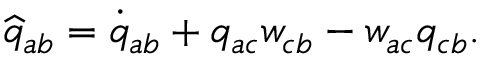
\widehat { q } _ { a b } = \dot { q } _ { a b } + q _ { a c } w _ { c b } - w _ { a c } q _ { c b } .